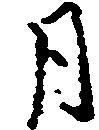
月